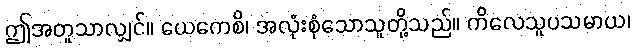
ဤအတူသာလျှင်။ ယေကေစိ၊ အလုံးစုံသောသူတို့သည်။ ကိလေသူပသမာယ၊